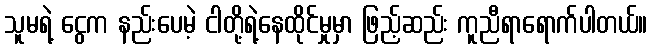
သူမရဲ့ ငွေက နည်းပေမဲ့ ငါတို့ရဲ့နေထိုင်မှုမှာ ဖြည့်ဆည်း ကူညီရာရောက်ပါတယ်။